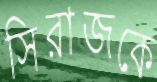
সিরাজকে